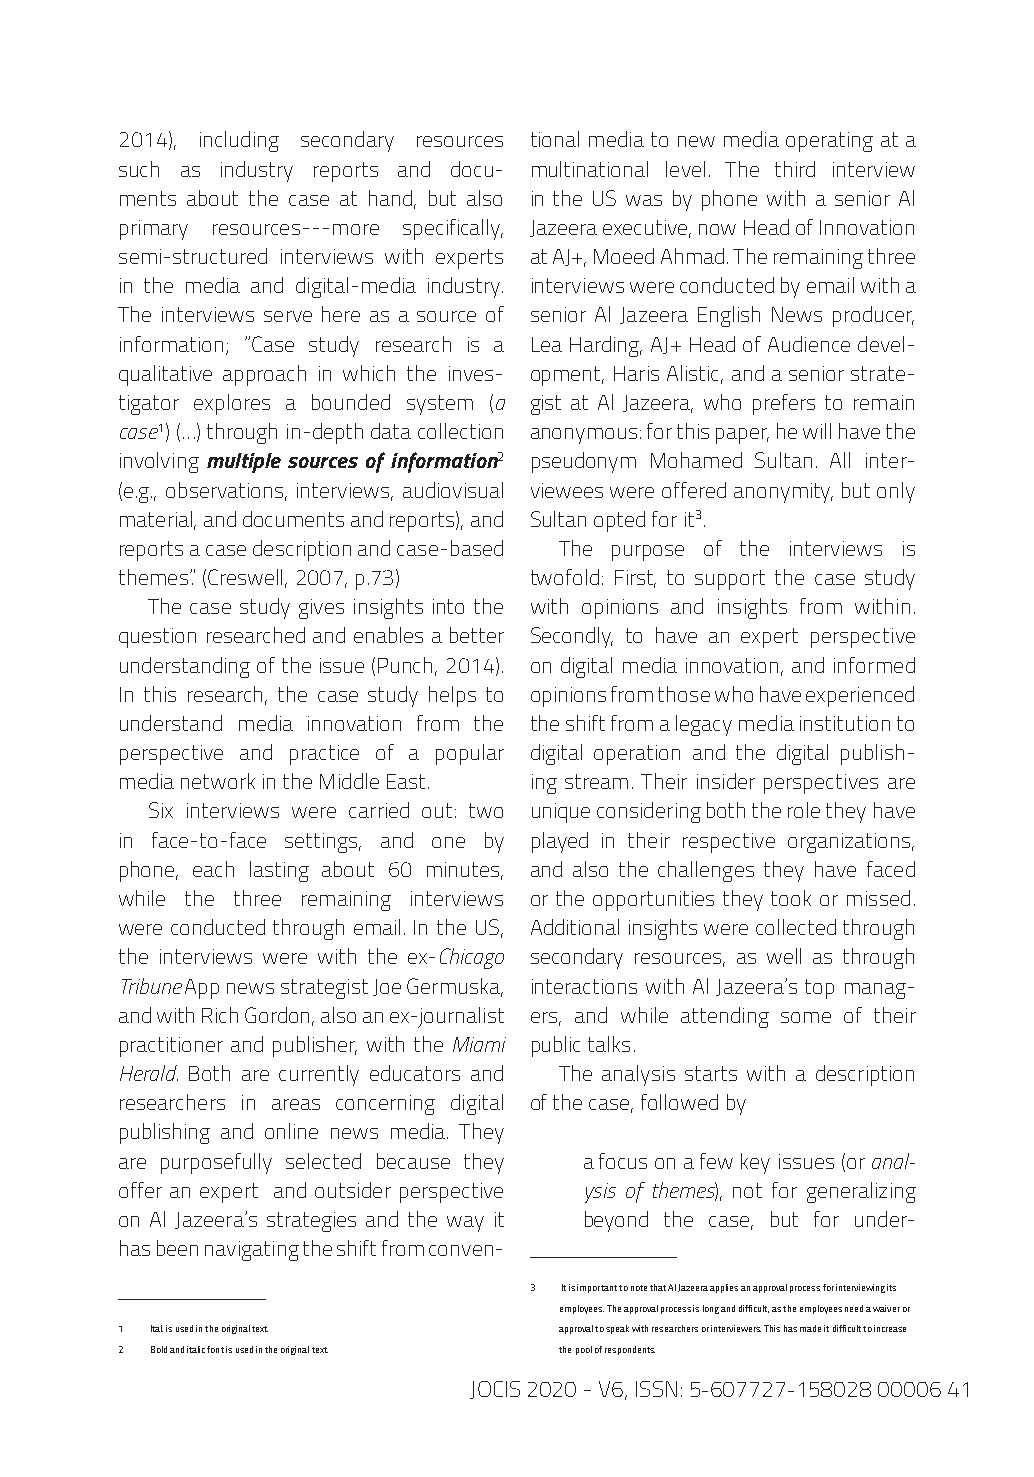
2014), including secondary resources tional media to new media operating at a
 such as industry reports and docu- multinational level. The third interview
 ments about the case at hand, but also in the US was by phone with a senior Al
 primary resources---more specifically, Jazeera executive, now Head of Innovation
 semi-structured interviews with experts at AJ+, Moeed Ahmad. The remaining three
 in the media and digital-media industry. interviews were conducted by email with a
 The interviews serve here as a source of senior Al Jazeera English News producer,
 information; “Case study research is a Lea Harding, AJ+ Head of Audience devel-
 qualitative approach in which the inves- opment, Haris Alistic, and a senior strate-
 tigator explores a bounded system (a gist at Al Jazeera, who prefers to remain
 case1) (…) through in-depth data collection anonymous: for this paper, he will have the
 involving multiple sources of information2 pseudonym Mohamed Sultan. All inter-
 (e.g., observations, interviews, audiovisual viewees were offered anonymity, but only
 material, and documents and reports), and Sultan opted for it3.
 reports a case description and case-based The purpose of the interviews is
 themes.” (Creswell, 2007, p.73) twofold: First, to support the case study
 The case study gives insights into the with opinions and insights from within.
 question researched and enables a better Secondly, to have an expert perspective
 understanding of the issue (Punch, 2014). on digital media innovation, and informed
 In this research, the case study helps to opinions from those who have experienced
 understand media innovation from the the shift from a legacy media institution to
 perspective and practice of a popular digital operation and the digital publish-
 media network in the Middle East. ing stream. Their insider perspectives are
 Six interviews were carried out: two unique considering both the role they have
 in face-to-face settings, and one by played in their respective organizations,
 phone, each lasting about 60 minutes, and also the challenges they have faced
 while the three remaining interviews or the opportunities they took or missed.
 were conducted through email. In the US, Additional insights were collected through
 the interviews were with the ex-Chicago secondary resources, as well as through
 Tribune App news strategist Joe Germuska, interactions with Al Jazeera’s top manag-
 and with Rich Gordon, also an ex-journalist ers, and while attending some of their
 practitioner and publisher, with the Miami public talks.
 Herald. Both are currently educators and The analysis starts with a description
 researchers in areas concerning digital of the case, followed by
 publishing and online news media. They
 are purposefully selected because they a focus on a few key issues (or anal-
 offer an expert and outsider perspective ysis of themes), not for generalizing
 on Al Jazeera’s strategies and the way it beyond the case, but for under-
 has been navigating the shift from conven-
 3 It is important to note that Al Jazeera applies an approval process for interviewing its
 employees. The approval process is long and difficult, as the employees need a waiver or
 1 Ital. is used in the original text. approval to speak with researchers or interviewers. This has made it difficult to increase
 2 Bold and italic font is used in the original text. the pool of respondents.
 JOCIS 2020 - V6, ISSN: 5-607727-158028 00006 41